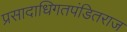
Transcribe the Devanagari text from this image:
प्रसादाधिगतपंडितराज